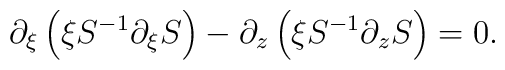
\partial_{\xi}\left(\xi S^{-1}\partial_{\xi}S\right)  - \partial_{z}\left(\xi S^{-1}\partial_{z}S \right)=  0 .